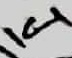
Text: IC1